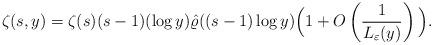
LaTeX: \begin{align*} \zeta(s,y)=\zeta(s)(s-1) (\log y)\hat\varrho((s-1)\log y)\Big(1+O\left(\frac{1}{L_\varepsilon(y)}\right)\Big).\end{align*}